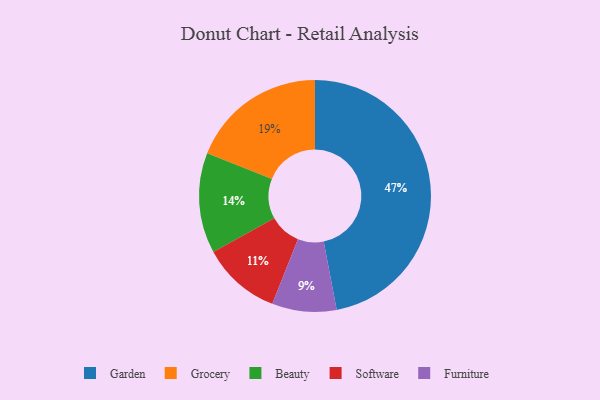
{"axis": {"x": "Category", "y": "Percentage"}, "legend": ["Beauty", "Furniture", "Garden", "Grocery", "Software"], "data": [{"x": "Garden", "y": 47, "type": "Garden"}, {"x": "Beauty", "y": 14, "type": "Beauty"}, {"x": "Grocery", "y": 19, "type": "Grocery"}, {"x": "Furniture", "y": 9, "type": "Furniture"}, {"x": "Software", "y": 11, "type": "Software"}]}